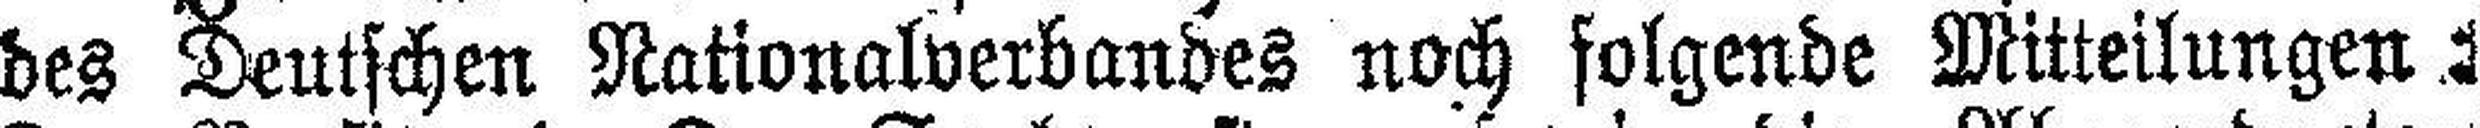
des Deutschen Nationalverbandes noch folgende Mitteilungen: